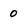
Character: 0